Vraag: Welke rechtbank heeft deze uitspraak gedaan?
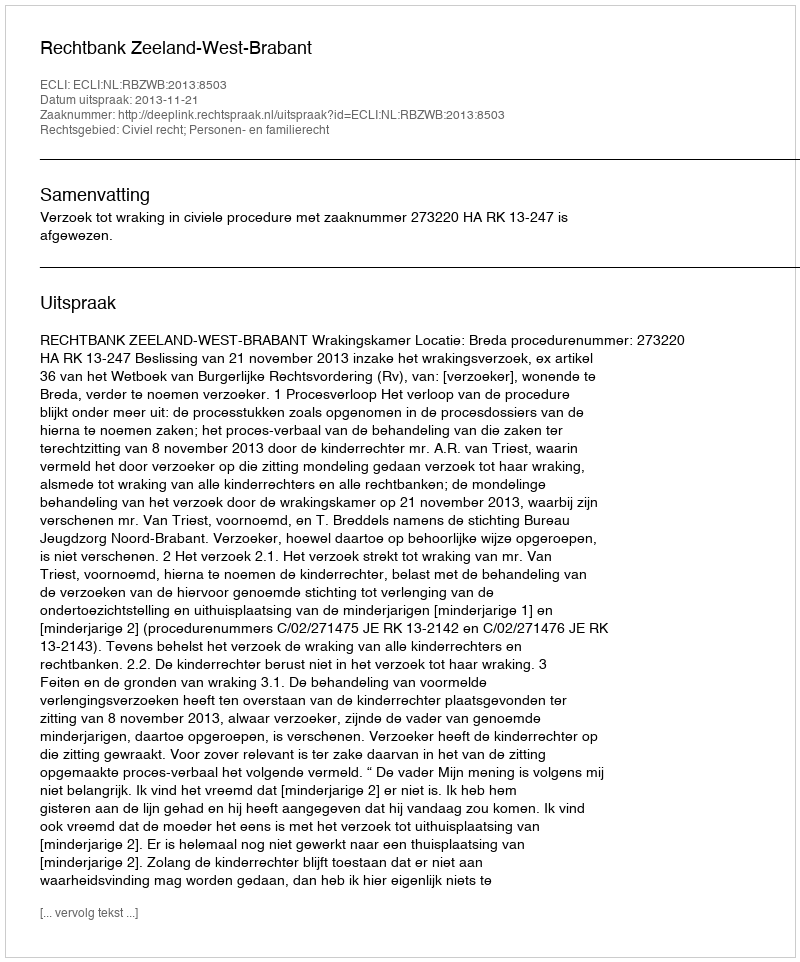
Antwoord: Rechtbank Zeeland-West-Brabant